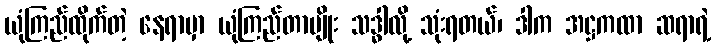
ယုံကြည်ထိုက်တဲ့ နေရာမှာ ယုံကြည်တာမျိုး သဒ္ဓါလို့ သုံးရတယ်၊ ဒါက အဋ္ဌကထာ ဆရာရဲ့